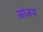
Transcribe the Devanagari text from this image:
आंअसं